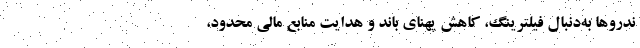
ندروها به‌دنبال فیلترینگ، کاهش پهنای باند و هدایت منابع مالی محدود،